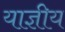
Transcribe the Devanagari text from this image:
याज्ञीय